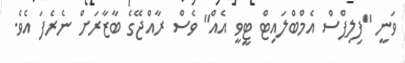
ވަނީ "ފިލިޕްސް އެމްބްލައިޓް ޓީވީ އެއް" ވެސް ރާއްޖޭގެ ބާޒާރަށް ނެރެފަ އެވެ.